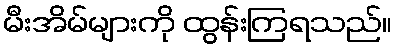
မီးအိမ်များကို ထွန်းကြရသည်။